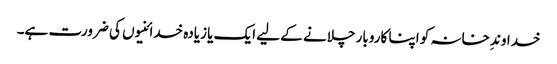
خداوندِ خانہ کو اپنا کاروبار چلانے کے لیے ایک یا زیادہ خدائنیوں کی ضرورت ہے۔